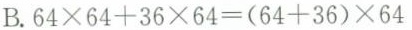
B. $$6 4 \times 6 4 + 3 6 \times 6 4 = (6 4 + 3 6 ) \times 6 4$$